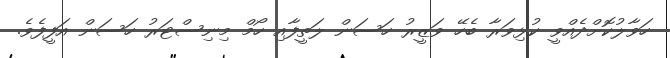
ހަވާލުކޮށްދެއްވީ ކުޅިވަރާ ބެހޭ ވަޒީރު ހަސަން ލަތީފާއި ހޯމް މިނިސްޓަރު ހަސަން އަފީފެވެ.